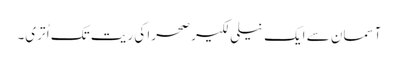
آسمان سے ایک نیلی لکیر صحرا کی ریت تک اُ تری۔